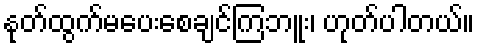
နုတ်ထွက်မပေးစေချင်ကြဘူး၊ ဟုတ်ပါတယ်။